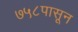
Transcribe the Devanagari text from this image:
७५८पासून